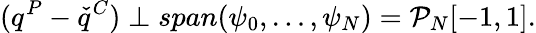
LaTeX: (q^{P}-\check{q}^{C})\perp span(\psi_{0},\ldots,\psi_{N})=\mathcal{P}_{N}[-1,1].